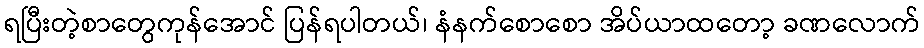
ရပြီးတဲ့စာတွေကုန်အောင် ပြန်ရပါတယ်၊ နံနက်စောစော အိပ်ယာထတော့ ခဏလောက်